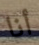
أنا